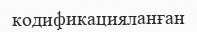
кодификацияланған